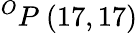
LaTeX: ^{O}P\ (17,17)